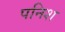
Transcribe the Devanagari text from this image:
पनिश